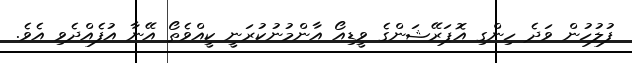
ފުލުހުން ވަދެ ހިންގި އޮޕަރޭޝަންގެ ވީޑިއޯ އާންމުނުކުރަނީ ކީއްވެތޯ އޭނާ އުފެއްދެވި އެވެ.